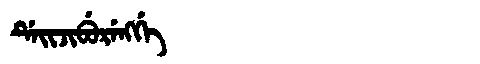
Manchu: ᡩᡝᡳᠵᡳᠪᡠᡵᡝᠩᡤᡝ
Romanization: DEIJIBURENGGE